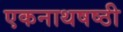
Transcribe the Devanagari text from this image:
एकनाथषष्ठी